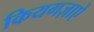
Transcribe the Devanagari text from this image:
कियगज़ाएे